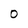
Character: O